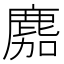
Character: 䴥